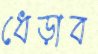
ধেড়াব